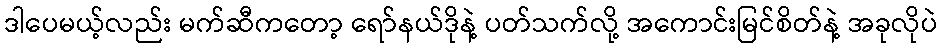
ဒါပေမယ့်လည်း မက်ဆီကတော့ ရော်နယ်ဒိုနဲ့ ပတ်သက်လို့ အကောင်းမြင်စိတ်နဲ့ အခုလိုပဲ